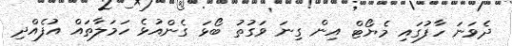
ދެވަނަ ހާފުގައި މެޔޯޓް އިން ގިނަ ވަގުތު ބޯޅަ ގެންއުޅެ ހަމަލާތައް އުފެއްދި